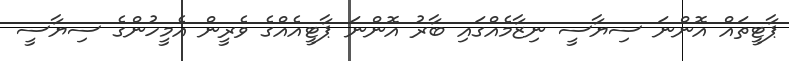
ޕާޓީތައް އޮންނަ ސިޔާސީ ނިޒާމެއްގައި ބާރު އޮންނަ ޕާޓީއެއްގެ ވެރީން އެމީހުންގެ ސިޔާސީ